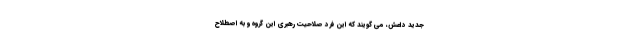
جدید داعش، می گویند که این فرد صلاحیت رهبری این گروه و به اصطلاح